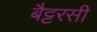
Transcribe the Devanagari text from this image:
बैट्टरसी